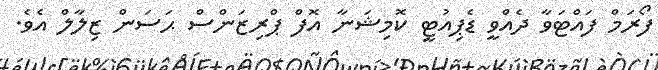
ފޯރަމް ފައްޓަވާ ދެއްވީ ޑެޕިއުޓީ ކޮމިޝަނާ އޮފް ޕްރިޒަންސް ޙަސަން ޒިލާލް އެވެ.